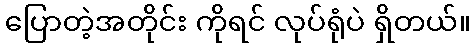
ပြောတဲ့အတိုင်း ကိုရင် လုပ်ရုံပဲ ရှိတယ်။